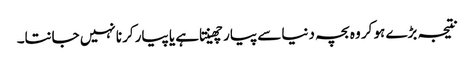
نتیجہ بڑے ہو کر وہ بچہ دنیا سے پیار چھینتا ہے یا پیار کرنا نہیں جانتا۔